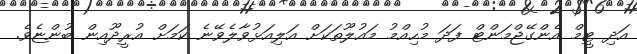
އަދި ޓީމް އެންގޭޖްމަންޓް ފަދަ މުހިއްމު މައުލޫތަކަށް އަލިއަޅުވާލެވޭނެ ކަމަށް އުރީދޫއިން ބުންޏެވެ.